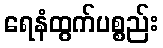
ရေနံထွက်ပစ္စည်း